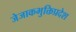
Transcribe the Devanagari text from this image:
जेजाकभुक्तिप्रदेश